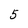
Character: 5